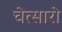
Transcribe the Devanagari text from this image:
चेत्सारो